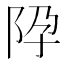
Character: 𨸳